system: You are a helpful assistant.
user:
Analyze the provided spectrum to determine if it is a **M-type Giant (gM)**.

A M-type Giant spectrum is defined by its **strong molecular absorption** features, particularly from **Titanium Oxide (TiO)**. You must check for one of the following mutually exclusive signatures:

- **Key Visual Indicators (Absorption-Dominated Spectrum):**

    - **(Primary):** The spectrum is dominated by strong molecular absorption from **Titanium Oxide (TiO)**. This is the **defining feature** of its M-type temperature class.
        - **(Key Bandheads):** Look for sharp, "saw-tooth" absorption valleys. The strongest are located near **~7050 Å**, **~6160 Å**, and **~5170 Å**.
        - **(Line Profile):** The "saw-tooth" morphology is critical: a **sharp, steep drop on the BLUE (short-wavelength) side** of the bandhead, followed by a gradual recovery (rising flux) towards the RED (long-wavelength) side.

    - **(Key Confirmation - Giant vs. Dwarf):** **ABSENCE** of strong **Calcium Hydride (CaH)** molecular bands. This is the primary diagnostic for *excluding* M-dwarfs.
        - **(Key Region):** The spectrum should lack the strong, broad absorption band seen in dwarfs between **~6800 Å and ~7000 Å**.

    - **(Secondary Confirmation - Giant):** A very strong and broad **Neutral Calcium (Ca I)** atomic absorption line.
        - **(Key Line):** Located at **~4226 Å**. In a giant (gM), this line is significantly deeper and broader than the same line in an M-dwarf (dM) due to low surface gravity.

    - **(Overall Spectrum):**
        - The continuum is **extremely red-sloping** (i.e., flux is very low in the blue and rises dramatically towards the red).
        - The entire spectrum appears "chopped up" by the deep TiO bands.

Think first, call **spectral_visualization_tool** if needed to examine features in detail, then provide your final answer. Your response must adhere to the following strict rules:
1.  **Overall Structure:** Your response must follow the format `<think>...</think> <tool_call>...</tool_call> (if a tool is used) <answer>...</answer>`.
2.  **Tool Usage Constraint:** You may only make **one** tool call per turn.
3.  **Final Answer Format:** In the `<answer>` tag, your conclusion must be inside a `\boxed{}` command (e.g., `\boxed{YES}` or `\boxed{NO}`), followed by your justification.

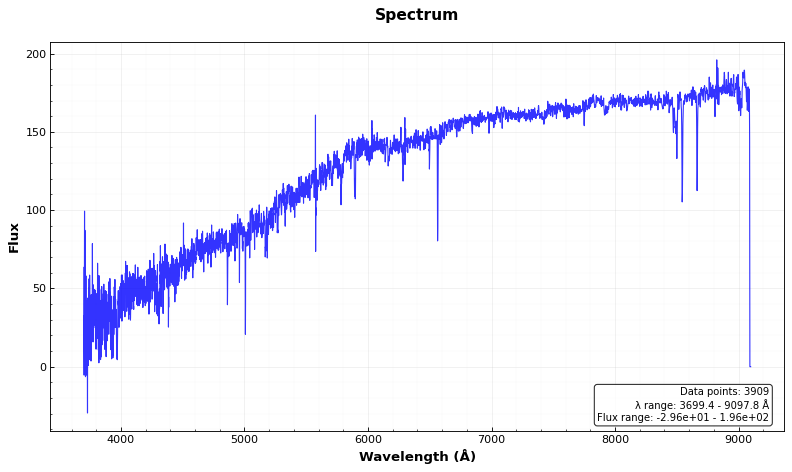
Answer: NO